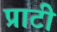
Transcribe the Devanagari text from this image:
प्राटी